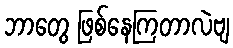
ဘာတွေ ဖြစ်နေကြတာလဲဗျ